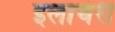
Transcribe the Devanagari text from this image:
इलाचेरी